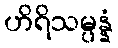
ဟိရိသမ္ပန္နံ